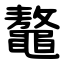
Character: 鼇